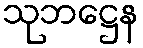
သုဘဋ္ဌေန